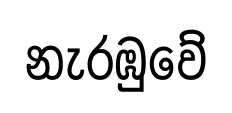
නැරඹුවේ